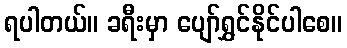
ရပါတယ်။ ခရီးမှာ ပျော်ရွှင်နိုင်ပါစေ။